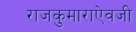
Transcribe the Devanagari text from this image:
राजकुमाराऐवजी